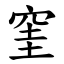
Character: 窐